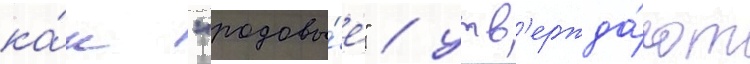
ка́к "родовы́е" / утв'ержда́ют